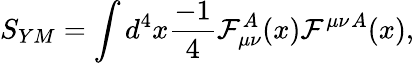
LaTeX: S_{YM}=\int d^{4}x{\frac{-1}{4}}{\cal F}_{\mu\nu}^{A}(x){\cal F}^{\mu\nu}{}^{A}(x),